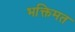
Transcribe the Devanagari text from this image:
भक्तिमत